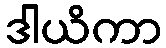
ဒါယိကာ